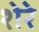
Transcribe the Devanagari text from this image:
शेरेे